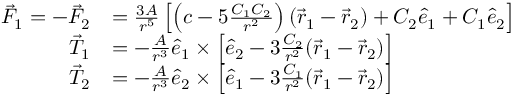
\begin{array} { r l } { \vec { F } _ { 1 } = - \vec { F } _ { 2 } } & { = \frac { 3 A } { r ^ { 5 } } \left[ \left( c - 5 \frac { C _ { 1 } C _ { 2 } } { r ^ { 2 } } \right) ( \vec { r } _ { 1 } - \vec { r } _ { 2 } ) + C _ { 2 } \hat { e } _ { 1 } + C _ { 1 } \hat { e } _ { 2 } \right] } \\ { \vec { T } _ { 1 } } & { = - \frac { A } { r ^ { 3 } } \hat { e } _ { 1 } \times \left[ \hat { e } _ { 2 } - 3 \frac { C _ { 2 } } { r ^ { 2 } } ( \vec { r } _ { 1 } - \vec { r } _ { 2 } ) \right] } \\ { \vec { T } _ { 2 } } & { = - \frac { A } { r ^ { 3 } } \hat { e } _ { 2 } \times \left[ \hat { e } _ { 1 } - 3 \frac { C _ { 1 } } { r ^ { 2 } } ( \vec { r } _ { 1 } - \vec { r } _ { 2 } ) \right] } \end{array}